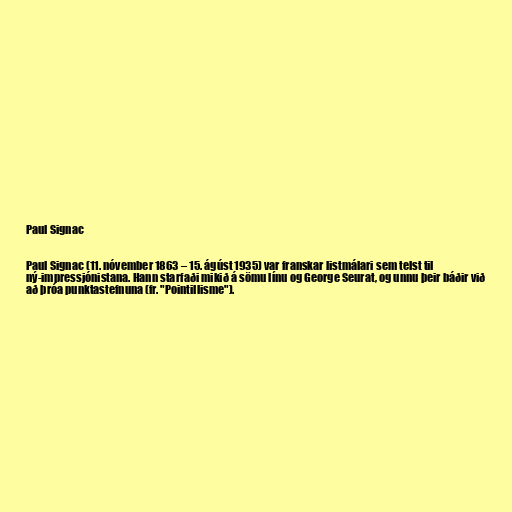
Paul Signac

Paul Signac (11. nóvember 1863 – 15. ágúst 1935) var franskar listmálari sem telst til
ný-impressjónistana. Hann starfaði mikið á sömu línu og George Seurat, og unnu þeir báðir við
að þróa punktastefnuna (fr. "Pointillisme").